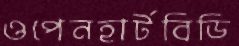
ওপেনহার্টবিডি